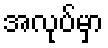
အလုပ်မှာ